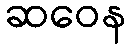
ဆဝေန